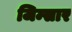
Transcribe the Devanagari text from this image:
जिम्सार